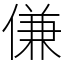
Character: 傔